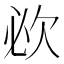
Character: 𣢠